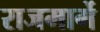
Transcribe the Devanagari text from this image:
राजमार्गे